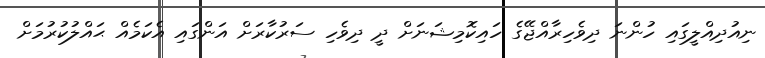
ނިއުދިއްލީގައި ހުންނަ ދިވެހިރާއްޖޭގެ ހައިކޮމިޝަނަށް ދީ ދިވެހި ސަރުކާރަށް އަންގައި އެކަމެއް ޙައްލުކުރުމަށް